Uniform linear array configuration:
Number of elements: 4
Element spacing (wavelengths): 0.25
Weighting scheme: blackman
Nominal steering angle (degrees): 0
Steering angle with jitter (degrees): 0.9577
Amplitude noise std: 0.05
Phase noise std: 0.05

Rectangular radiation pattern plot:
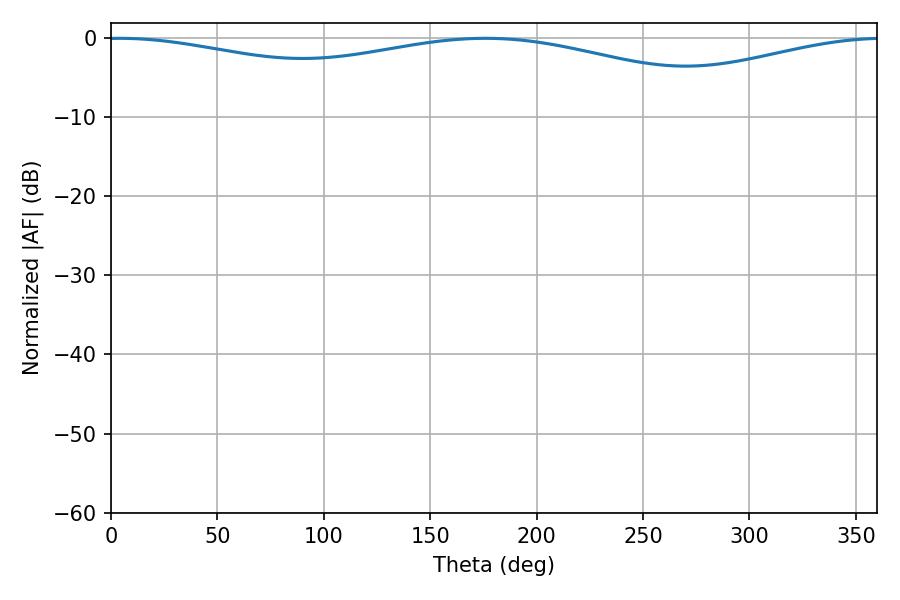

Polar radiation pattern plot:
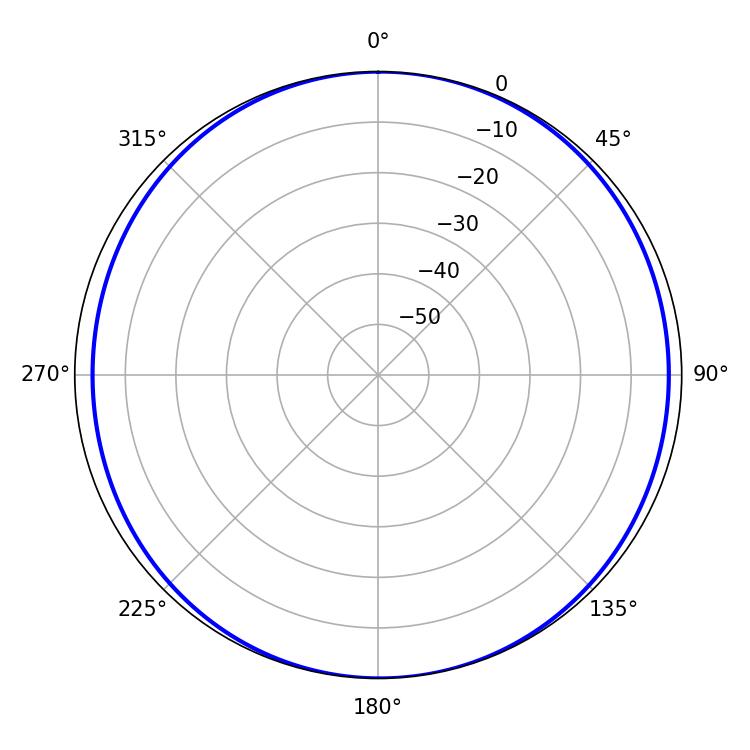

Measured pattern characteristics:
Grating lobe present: FALSE
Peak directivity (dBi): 10.04
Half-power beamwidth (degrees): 248.22
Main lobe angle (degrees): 4.14